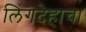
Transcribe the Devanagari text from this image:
लिंगदेहाचा